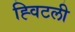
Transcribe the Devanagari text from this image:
ह्विटली